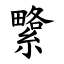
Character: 䌎